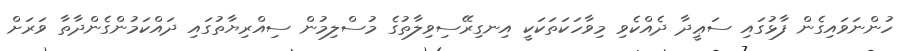
ހުންނަވައިގެން ފާޅުގައި ސަޢީދާ ދެއްކެވި މިވާހަކަތަކަކީ އިނގިރޭސިވިލާތުގެ މުސްލިމުން ސިއްރިޔާތުގައި ދައްކަމުންގެންދާތާ ވަރަށް